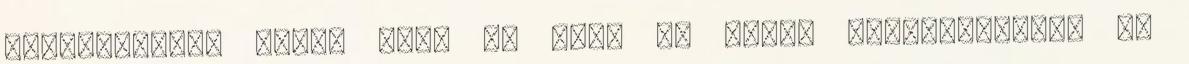
gondolkodtam azon, hogy mi van, ha Henry agyszüleménye az